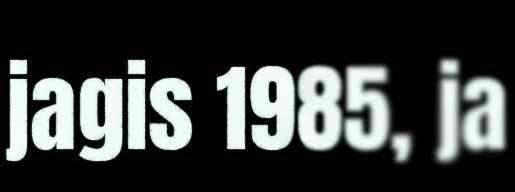
jagis 1985, ja